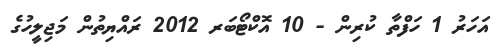
އަހަރު 1 ހަފްތާ ކުރިން - 10 އޮކްޓޯބަރ 2012 ރައްޔިތުން މަޖިލީހުގެ